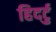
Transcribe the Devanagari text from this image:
हिदर्टु